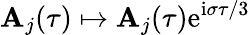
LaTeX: \mathbf{A}_{j}(\tau)\mapsto\mathbf{A}_{j}(\tau)\mathrm{{e}}^{\mathrm{{i}}\sigma\tau/3}